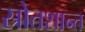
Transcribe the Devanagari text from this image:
स्रोतशान्त